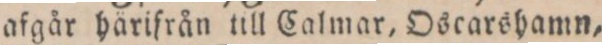
afgår härifrån till Calmar, Oscarshamn,